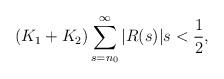
LaTeX: \begin{align*} (K_1+K_2)\sum_{s=n_0}^{\infty}|R(s)|s<\frac{1}{2}, \end{align*}